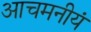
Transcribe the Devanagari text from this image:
आचमनीयं